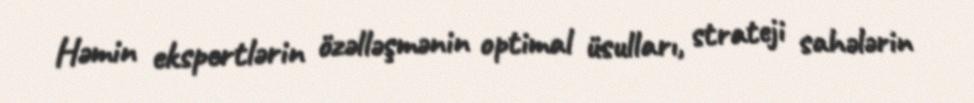
Həmin ekspertlərin özəlləşmənin optimal üsulları, strateji sahələrin